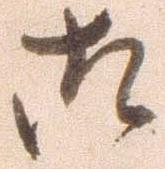
御